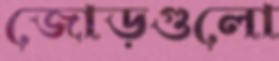
জোড়গুলো